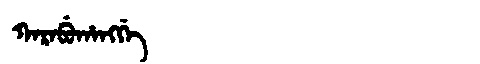
Manchu: ᡴᠠᡵᠠᠪᡠᡥᠠᠩᡤᡝ
Romanization: KARABUHANGGE